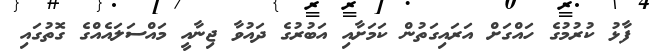
ފާޅު ކުރުމުގެ ހައްގަށް އަރައިގަތުން ކަމަށާއި އަބުރުގެ ދައުވާ ޖިނާއީ މައްސަލައެއްގެ ގޮތުގައި